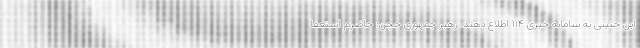
این چنینی به سامانه خبری ۱۱۴ اطلاع دهند. رهبر جمهوری چچن: حاضرم استعفا